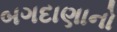
બગદાણાનો